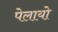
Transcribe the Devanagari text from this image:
पेलायो